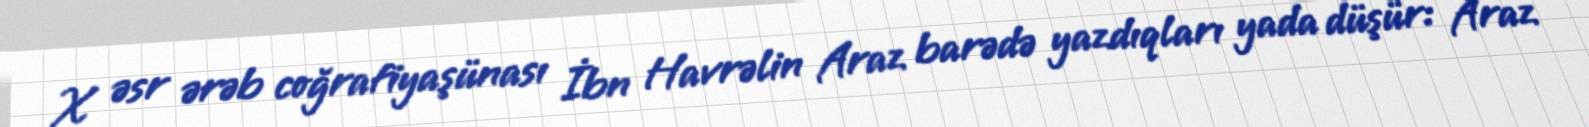
X əsr ərəb coğrafiyaşünası İbn Havrəlin Araz barədə yazdıqları yada düşür: Araz